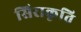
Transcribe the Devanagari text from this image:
सिराकृति